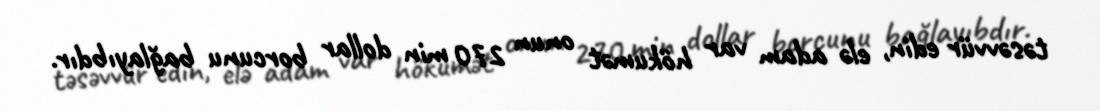
təsəvvür edin, elə adam var hökumət onun 270 min dollar borcunu bağlayıbdır.